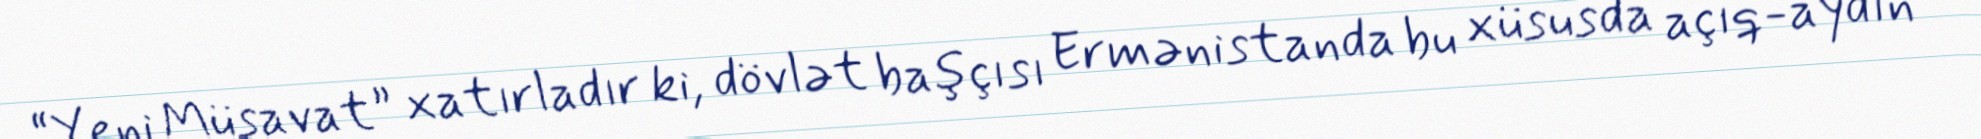
“Yeni Müsavat” xatırladır ki, dövlət başçısı Ermənistanda bu xüsusda açıq-aydın